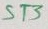
Text: ST3